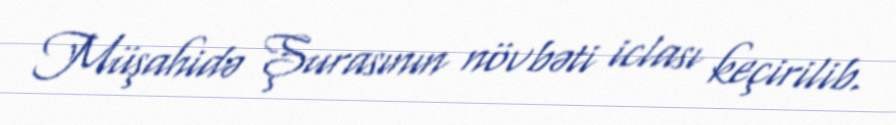
Müşahidə Şurasının növbəti iclası keçirilib.